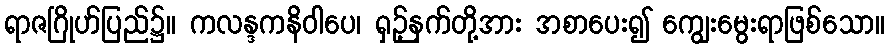
ရာဇဂြိုဟ်ပြည်၌။ ကလန္ဒကနိဝါပေ၊ ရှဉ့်နက်တို့အား အစာပေး၍ ကျွေးမွေးရာဖြစ်သော။